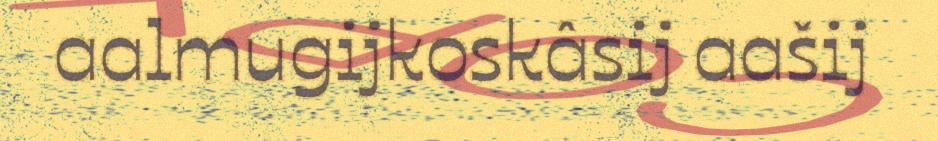
aalmugijkoskâsij aašij